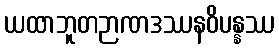
ယထာဘူတဉာဏဒဿနဝိပန္နဿ